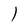
Character: I